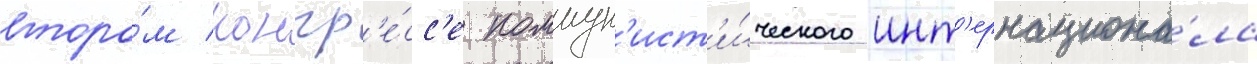
второ́м конгр'е́сс'е коммун'ист'и́ческого инт'ернациона́ла